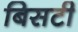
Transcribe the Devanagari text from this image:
बिसटी